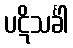
ပဋိသင်္ခါ